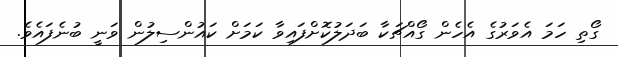
ގޯތި ހަމަ އެވަރުގެ އެހެން ގޯއްޗަކާ ބަދަލުކޮށްފައިވާ ކަމަށް ކައުންސިލުން ވަނީ ބުނެފައެވެ.